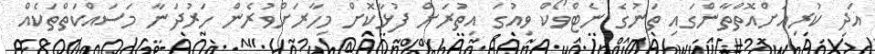
އަދި ކުރިއަށްއޮތްތާންގައި ތަނުގެ ނެޓްވޯކް ވިއުގަ އިތުރަށް ފުޅާކޮށް މިހާރަށްވުރެން ހަރުދަނާ މަސައްކަތްތަކެއް